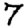
Digit: 7